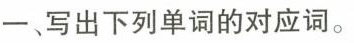
一,写出下列单词的对应词.